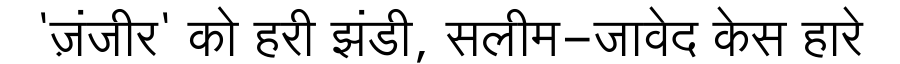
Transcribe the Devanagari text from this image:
'ज़ंजीर' को हरी झंडी, सलीम-जावेद केस हारे